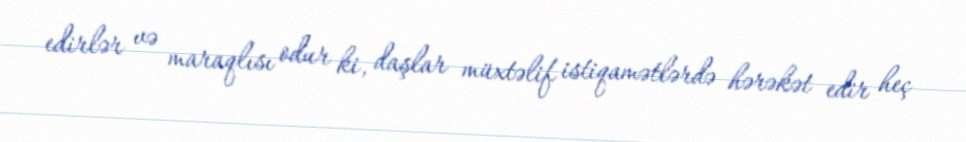
edirlər və maraqlısı odur ki, daşlar müxtəlif istiqamətlərdə hərəkət edir heç